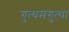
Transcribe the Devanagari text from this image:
गुत्थमगुत्था